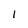
Character: l